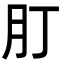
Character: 𦘭